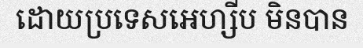
ដោយប្រទេសអេហ្សីប មិនបាន